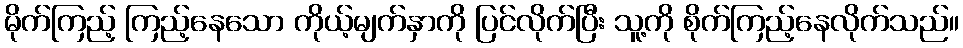
မိုက်ကြည့် ကြည့်နေသော ကိုယ့်မျက်နှာကို ပြင်လိုက်ပြီး သူ့ကို စိုက်ကြည့်နေလိုက်သည်။